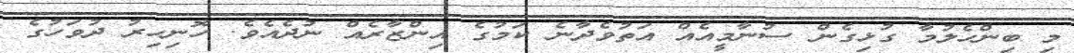
މި ބިންހެލުމާ ގުޅިގެން ސުނާމީއެއް އަތުވެދާނެ ކަމުގެ އިންޒާރެއް ނުދެއެވެ. ހޮނިހިރު ދުވަހުގެ